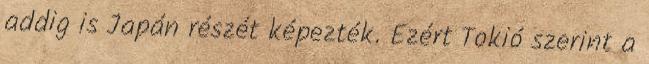
addig is Japán részét képezték. Ezért Tokió szerint a